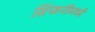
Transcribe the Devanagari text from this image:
सिंफनीमध्ये